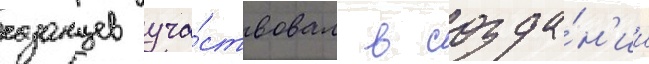
казанцев уча́ствовал в созда́н'ии